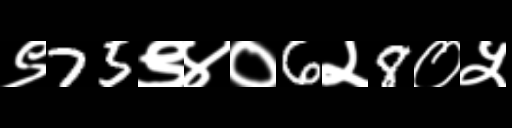
Text: ९75९४०6२8०५